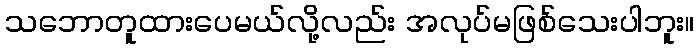
သဘောတူထားပေမယ်လို့လည်း အလုပ်မဖြစ်သေးပါဘူး။